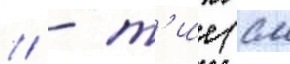
/ - т'ие (см